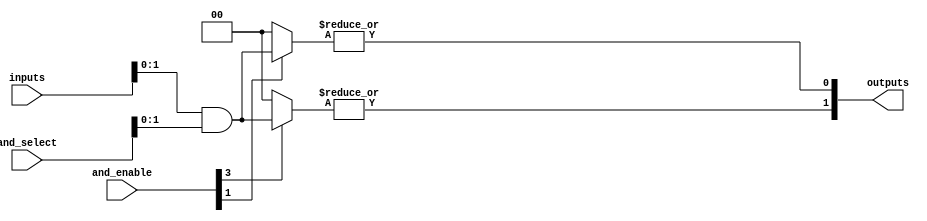
module SPAL #(
    parameter NUM_INPUTS = 4,       // Number of inputs
    parameter NUM_AND_GATES = 4,     // Number of programmable AND gates
    parameter NUM_OR_GATES = 2        // Number of fixed OR gates
)(
    input  wire [NUM_INPUTS-1:0]    inputs,      // Input signals
    input  wire [NUM_AND_GATES-1:0]  and_enable,   // Enable signals for AND gates
    input  wire [NUM_INPUTS-1:0]    and_select,  // Select lines for AND gate configurations
    output wire [NUM_OR_GATES-1:0]   outputs       // Output signals
);

    // Programmable AND array (generates product terms)
    wire [NUM_AND_GATES-1:0] and_outputs [0:NUM_INPUTS-1]; // AND gate outputs

    genvar i, j;
    generate
        for (i = 0; i < NUM_AND_GATES; i = i + 1) begin : and_gate
            // Each AND gate can be programmed based on the control signals
            assign and_outputs[i] = and_enable[i] ? (inputs & and_select) : 1'b0;
        end
    endgenerate

    // Fixed OR array (combines product terms)
    wire [NUM_OR_GATES-1:0] or_inputs [0:NUM_AND_GATES-1]; // Inputs to OR gates

    // Connect AND gate outputs to OR gate inputs
    assign or_inputs[0] = {and_outputs[0], and_outputs[1]}; // Example configuration for OR gate 0
    assign or_inputs[1] = {and_outputs[2], and_outputs[3]}; // Example configuration for OR gate 1

    // Final outputs from the OR gates
    generate
        for (j = 0; j < NUM_OR_GATES; j = j + 1) begin : or_gate
            assign outputs[j] = |or_inputs[j]; // OR operation
        end
    endgenerate

endmodule